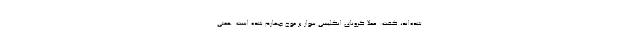
شده‌اند، گفت: عملا کرونای انگلیسی سوار بر موج چهارم شده است. همتی